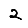
Digit: 2